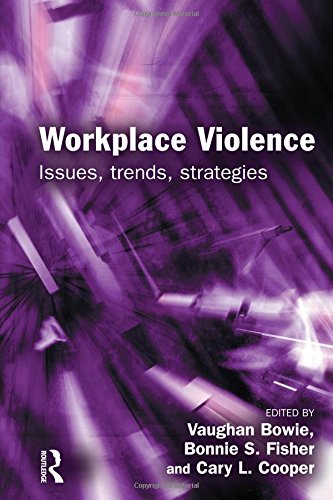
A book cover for Workplace Violence; Law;